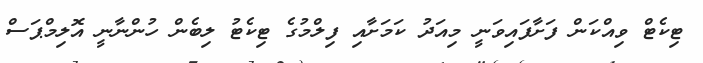
ޓިކެޓް ވިއްކަން ފަށާފައިވަނީ މިއަދު ކަމަށާއި ފިލްމުގެ ޓިކެޓު ލިބެން ހުންނާނީ އޮލިމްޕަސް